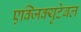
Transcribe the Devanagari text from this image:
एक्जिक्युटेबल